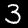
Digit: 3